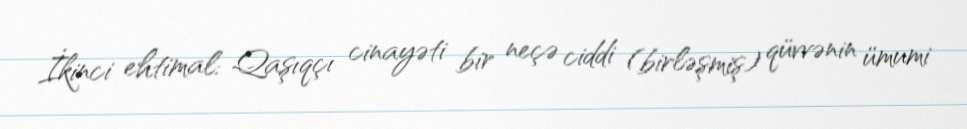
İkinci ehtimal: Qaşıqçı cinayəti bir neçə ciddi (birləşmiş) qüvvənin ümumi